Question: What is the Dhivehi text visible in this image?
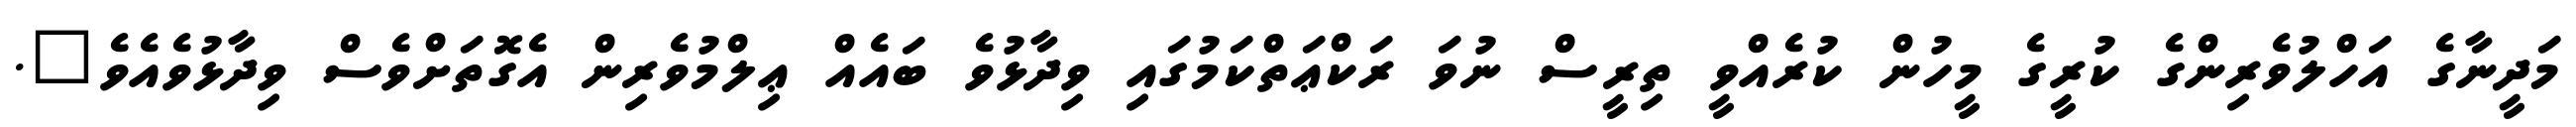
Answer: މަދީނާގެ އަހްލުވެރިންގެ ކުރީގެ މީހުން ކުރެއްވީ ތިރީސް ނުވަ ރަކްޢަތްކަމުގައި ވިދާޅުވެ ބައެއް ޢިލްމުވެރިން އެގޮތަށްވެސް ވިދާޅުވެއެވެ".